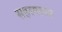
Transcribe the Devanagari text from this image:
सहस्मताल